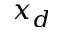
x _ { d }